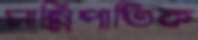
সান্নিপাতিক